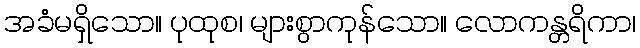
အခံမရှိသော။ ပုထုစ၊ များစွာကုန်သော။ လောကန္တရိကာ၊